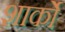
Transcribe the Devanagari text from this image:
शार्को